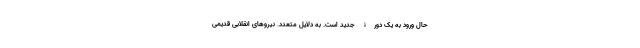
حال ورود به یک دورۀ جدید است. به دلایل متعدد. نیروهای انقلابی قدیمی